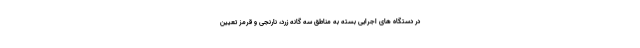
در دستگاه های اجرایی بسته به مناطق سه گانه زرد، نارنجی و قرمز تعیین